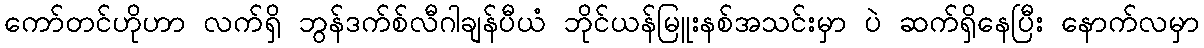
ကော်တင်ဟိုဟာ လက်ရှိ ဘွန်ဒက်စ်လီဂါချန်ပီယံ ဘိုင်ယန်မြူးနစ်အသင်းမှာ ပဲ ဆက်ရှိနေပြီး နောက်လမှာ